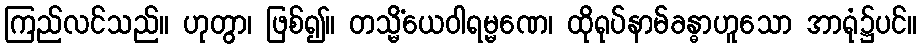
ကြည်လင်သည်။ ဟုတွာ၊ ဖြစ်၍။ တသ္မိံယေဝါရမ္မဏေ၊ ထိုရုပ်နာမ်ခန္ဓာဟူသော အာရုံ၌ပင်။